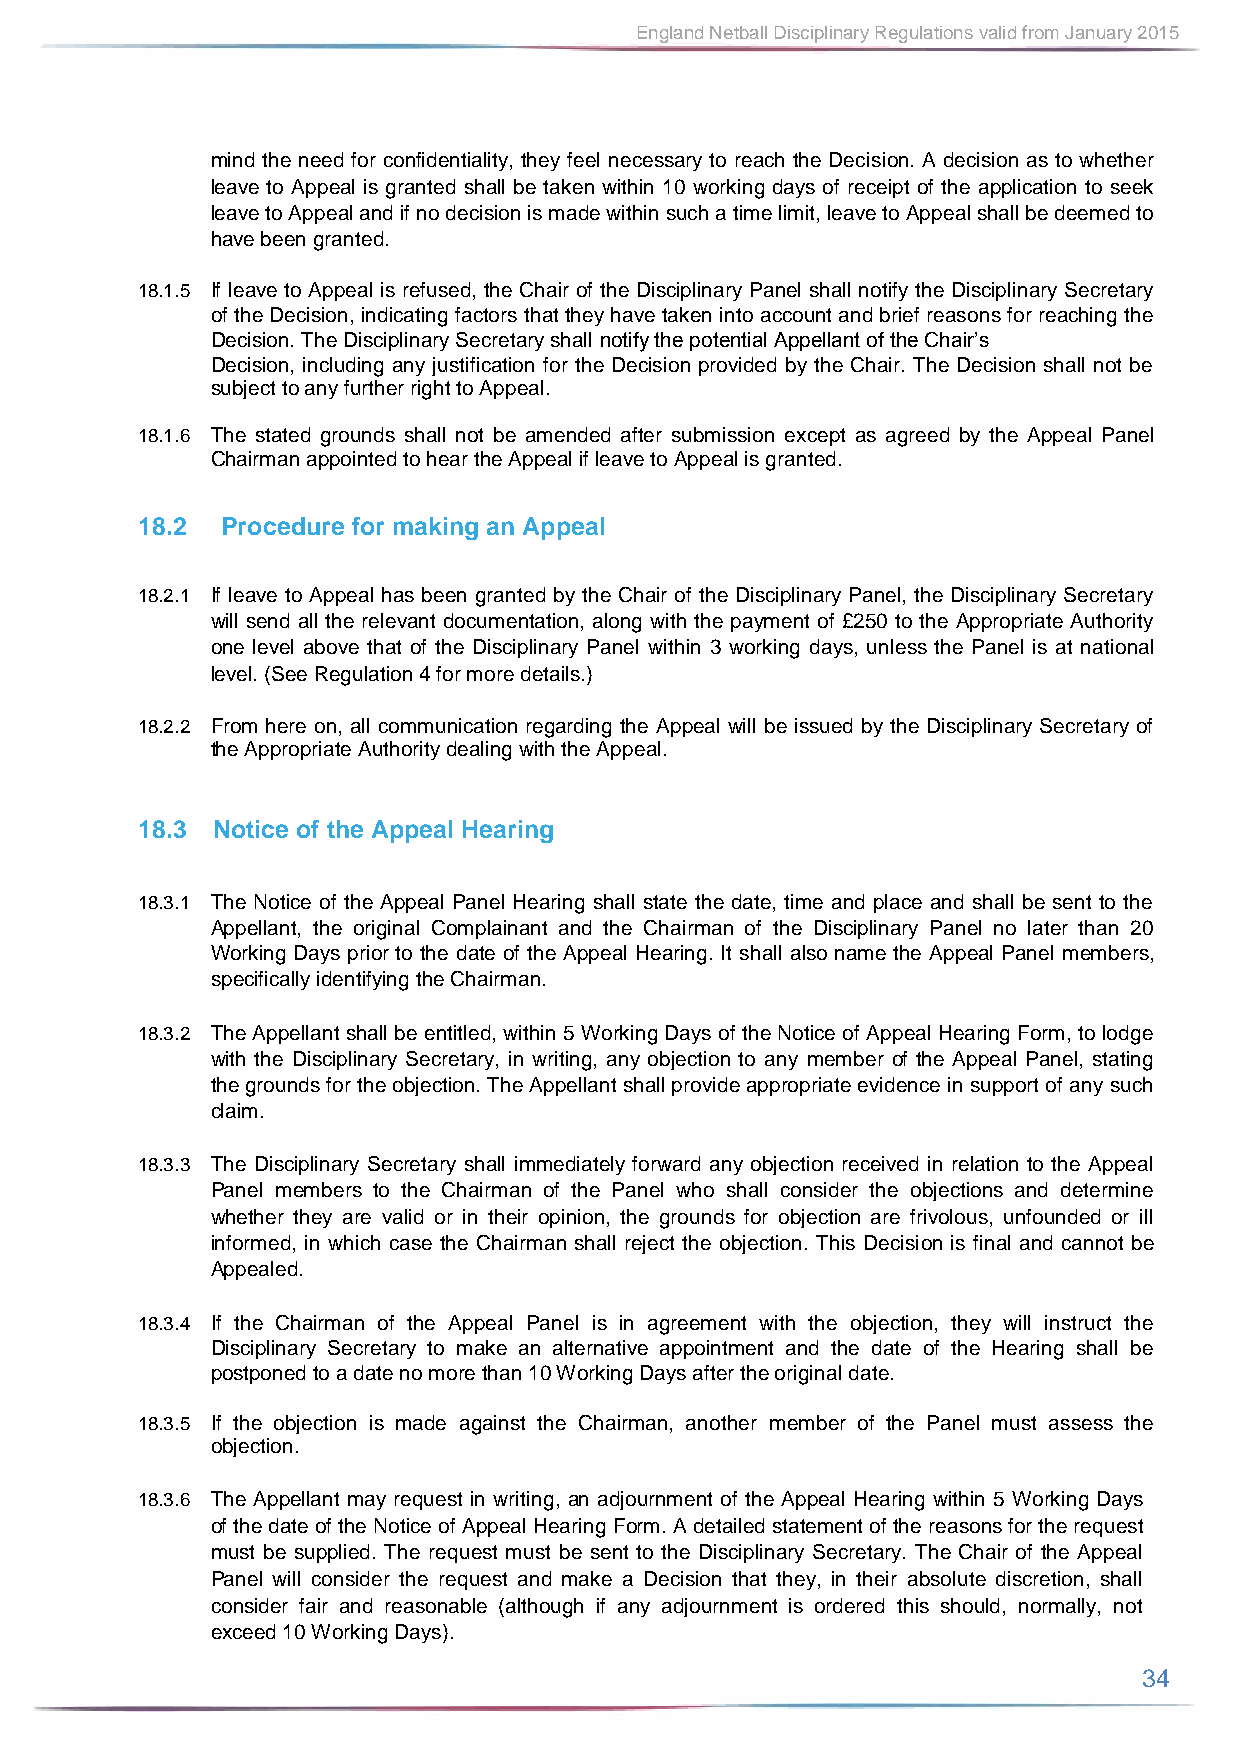
England Netball Disciplinary Regulations valid from January 2015
 mind the need for confidentiality, they feel necessary to reach the Decision. A decision as to whether
 leave to Appeal is granted shall be taken within 10 working days of receipt of the application to seek
 leave to Appeal and if no decision is made within such a time limit, leave to Appeal shall be deemed to
 have been granted.
 18.1.5 If leave to Appeal is refused, the Chair of the Disciplinary Panel shall notify the Disciplinary Secretary
 of the Decision, indicating factors that they have taken into account and brief reasons for reaching the
 Decision. The Disciplinary Secretary shall notify the potential Appellant of the Chair’s
 Decision, including any justification for the Decision provided by the Chair. The Decision shall not be
 subject to any further right to Appeal.
 18.1.6 The stated grounds shall not be amended after submission except as agreed by the Appeal Panel
 Chairman appointed to hear the Appeal if leave to Appeal is granted.
 18.2  Procedure for making an Appeal
 18.2.1 If leave to Appeal has been granted by the Chair of the Disciplinary Panel, the Disciplinary Secretary
 will send all the relevant documentation, along with the payment of £250 to the Appropriate Authority
 one level above that of the Disciplinary Panel within 3 working days, unless the Panel is at national
 level. (See Regulation 4 for more details.)
 18.2.2 From here on, all communication regarding the Appeal will be issued by the Disciplinary Secretary of
 the Appropriate Authority dealing with the Appeal.
 18.3 Notice of the Appeal Hearing
 18.3.1 The Notice of the Appeal Panel Hearing shall state the date, time and place and shall be sent to the
 Appellant, the original Complainant and the Chairman of the Disciplinary Panel no later than 20
 Working Days prior to the date of the Appeal Hearing. It shall also name the Appeal Panel members,
 specifically identifying the Chairman.
 18.3.2 The Appellant shall be entitled, within 5 Working Days of the Notice of Appeal Hearing Form, to lodge
 with the Disciplinary Secretary, in writing, any objection to any member of the Appeal Panel, stating
 the grounds for the objection. The Appellant shall provide appropriate evidence in support of any such
 claim.
 18.3.3 The Disciplinary Secretary shall immediately forward any objection received in relation to the Appeal
 Panel members to the Chairman of the Panel who shall consider the objections and determine
 whether they are valid or in their opinion, the grounds for objection are frivolous, unfounded or ill
 informed, in which case the Chairman shall reject the objection. This Decision is final and cannot be
 Appealed.
 18.3.4 If the Chairman of the Appeal Panel is in agreement with the objection, they will instruct the
 Disciplinary Secretary to make an alternative appointment and the date of the Hearing shall be
 postponed to a date no more than 10 Working Days after the original date.
 18.3.5 If the objection is made against the Chairman, another member of the Panel must assess the
 objection.
 18.3.6 The Appellant may request in writing, an adjournment of the Appeal Hearing within 5 Working Days
 of the date of the Notice of Appeal Hearing Form. A detailed statement of the reasons for the request
 must be supplied. The request must be sent to the Disciplinary Secretary. The Chair of the Appeal
 Panel will consider the request and make a Decision that they, in their absolute discretion, shall
 consider fair and reasonable (although if any adjournment is ordered this should, normally, not
 exceed 10 Working Days).
 34